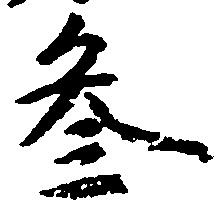
参